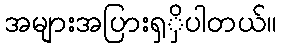
အများအပြားရှှိပါတယ်။